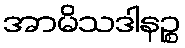
အာမိသဒါနဉ္စ